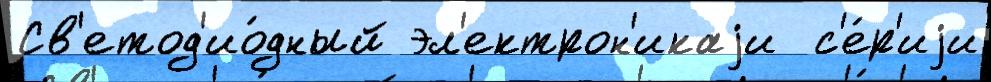
Св'етод'ио́дный эл'ектрон'икаjи  с'е́р'иjи